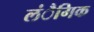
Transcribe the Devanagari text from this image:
लंैगिक